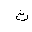
Letter: _tha